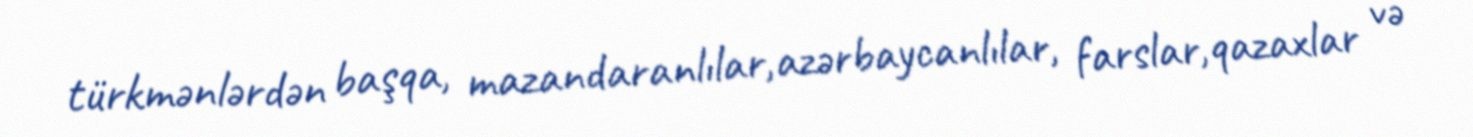
türkmənlərdən başqa, mazandaranlılar,azərbaycanlılar, farslar,qazaxlar və